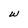
Character: w